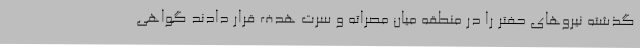
گذشته نیروهای حفتر را در منطقه میان مصراته و سرت هدف قرار دادند گواهی